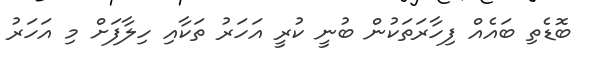
ބޮޑެތި ބައެއް ފިހާރަތަކުން ބުނީ ކުރީ އަހަރު ތަކާއި ހިލާފަށް މި އަހަރު